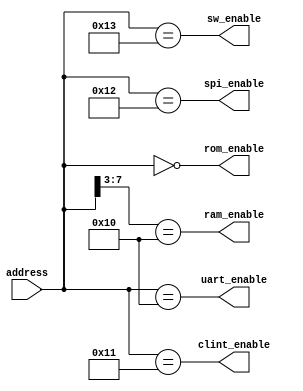
`timescale 1ns / 1ps
//////////////////////////////////////////////////////////////////////////////////
// 
// Decodes the memory address space.
//
// 0x00xxxxxx = ROM
// 0x8xxxxxxx = RAM
//
// Memory-mapped I/O
// 0x10xxxxxx = UART registers
// 0x11xxxxxx = CLINT registers
// 0x12xxxxxx = SPI registers
// 0x13xxxxxx = SW (switches) register
//
// Copyright Colm Gavin, 2024. All rights reserved.
//
//////////////////////////////////////////////////////////////////////////////////

module address_decoder(
    input[7:0] address,     // High byte of the address bus
    output ram_enable,
    output rom_enable,
    output uart_enable,
    output clint_enable,
    output spi_enable,
    output sw_enable
    );


    assign ram_enable   = (address[7:3] == 5'b10000);
    assign rom_enable   = (address[7:0] == 8'b00000000);
    assign uart_enable  = (address[7:0] == 8'b00010000);
    assign clint_enable = (address[7:0] == 8'b00010001);
    assign spi_enable   = (address[7:0] == 8'b00010010);
    assign sw_enable    = (address[7:0] == 8'b00010011);
endmodule